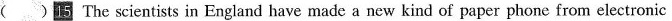
( )15 The scientists in England have made a new kind of paper phone from electronic